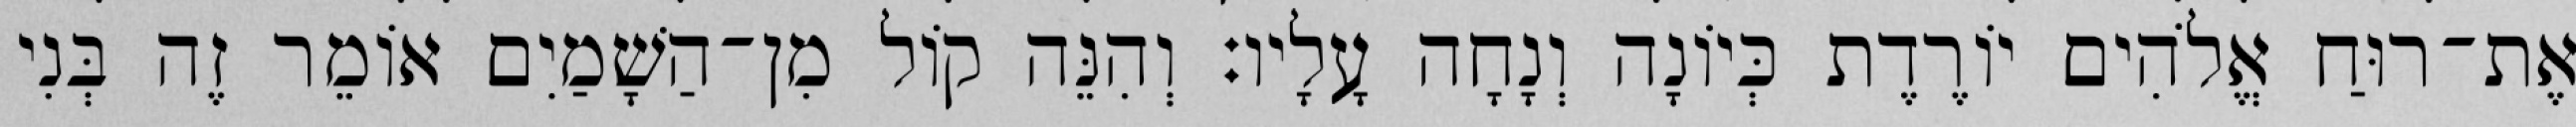
אֶת־רוּחַ אֱלֹהִים יוֹרֶדֶת כְּיוֹנָה וְנָחָה עָלָיו׃ וְהִנֵּה קוֹל מִן־הַשָׁמַיִם אוֹמֵר זֶה בְּנִי